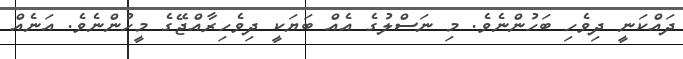
ދައްކަނީ ދިވެހި ބަހުންނެވެ. މި ނަސްލުގެ އެއް ބަޔަކީ ދިވެހިރާއްޖޭގެ މީހުންނެވެ. އަނެއް